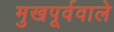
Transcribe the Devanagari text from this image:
मुखपूर्ववाले